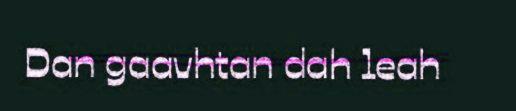
Dan gaavhtan dah leah